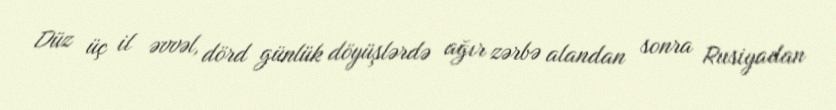
Düz üç il əvvəl, dörd günlük döyüşlərdə ağır zərbə alandan sonra Rusiyadan